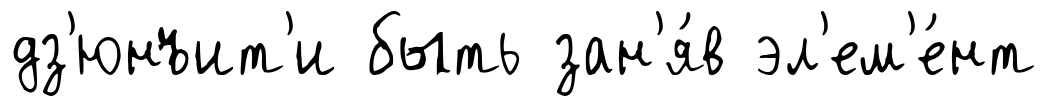
дз'юнъит'и быть зан'я́в эл'ем'е́нт